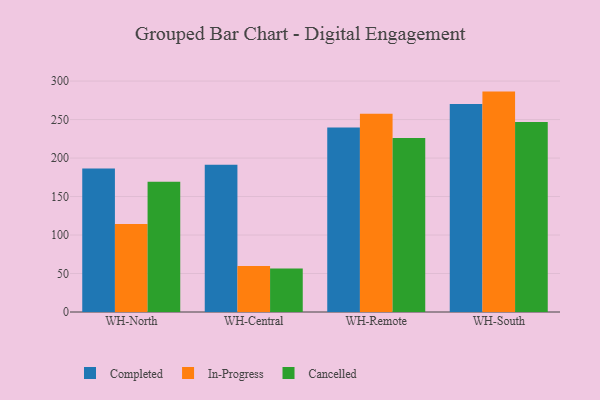
{"axis": {"x": "Warehouse", "y": "Waste Production (Tons)"}, "legend": ["Cancelled", "Completed", "In-Progress"], "data": [{"x": "WH-North", "y": 186.4, "type": "Completed"}, {"x": "WH-North", "y": 114.2, "type": "In-Progress"}, {"x": "WH-North", "y": 169.2, "type": "Cancelled"}, {"x": "WH-Central", "y": 191.4, "type": "Completed"}, {"x": "WH-Central", "y": 59.9, "type": "In-Progress"}, {"x": "WH-Central", "y": 56.4, "type": "Cancelled"}, {"x": "WH-Remote", "y": 239.7, "type": "Completed"}, {"x": "WH-Remote", "y": 257.4, "type": "In-Progress"}, {"x": "WH-Remote", "y": 226.0, "type": "Cancelled"}, {"x": "WH-South", "y": 270.1, "type": "Completed"}, {"x": "WH-South", "y": 286.3, "type": "In-Progress"}, {"x": "WH-South", "y": 246.8, "type": "Cancelled"}]}